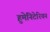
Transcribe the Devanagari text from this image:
हुमेनिटेरियन